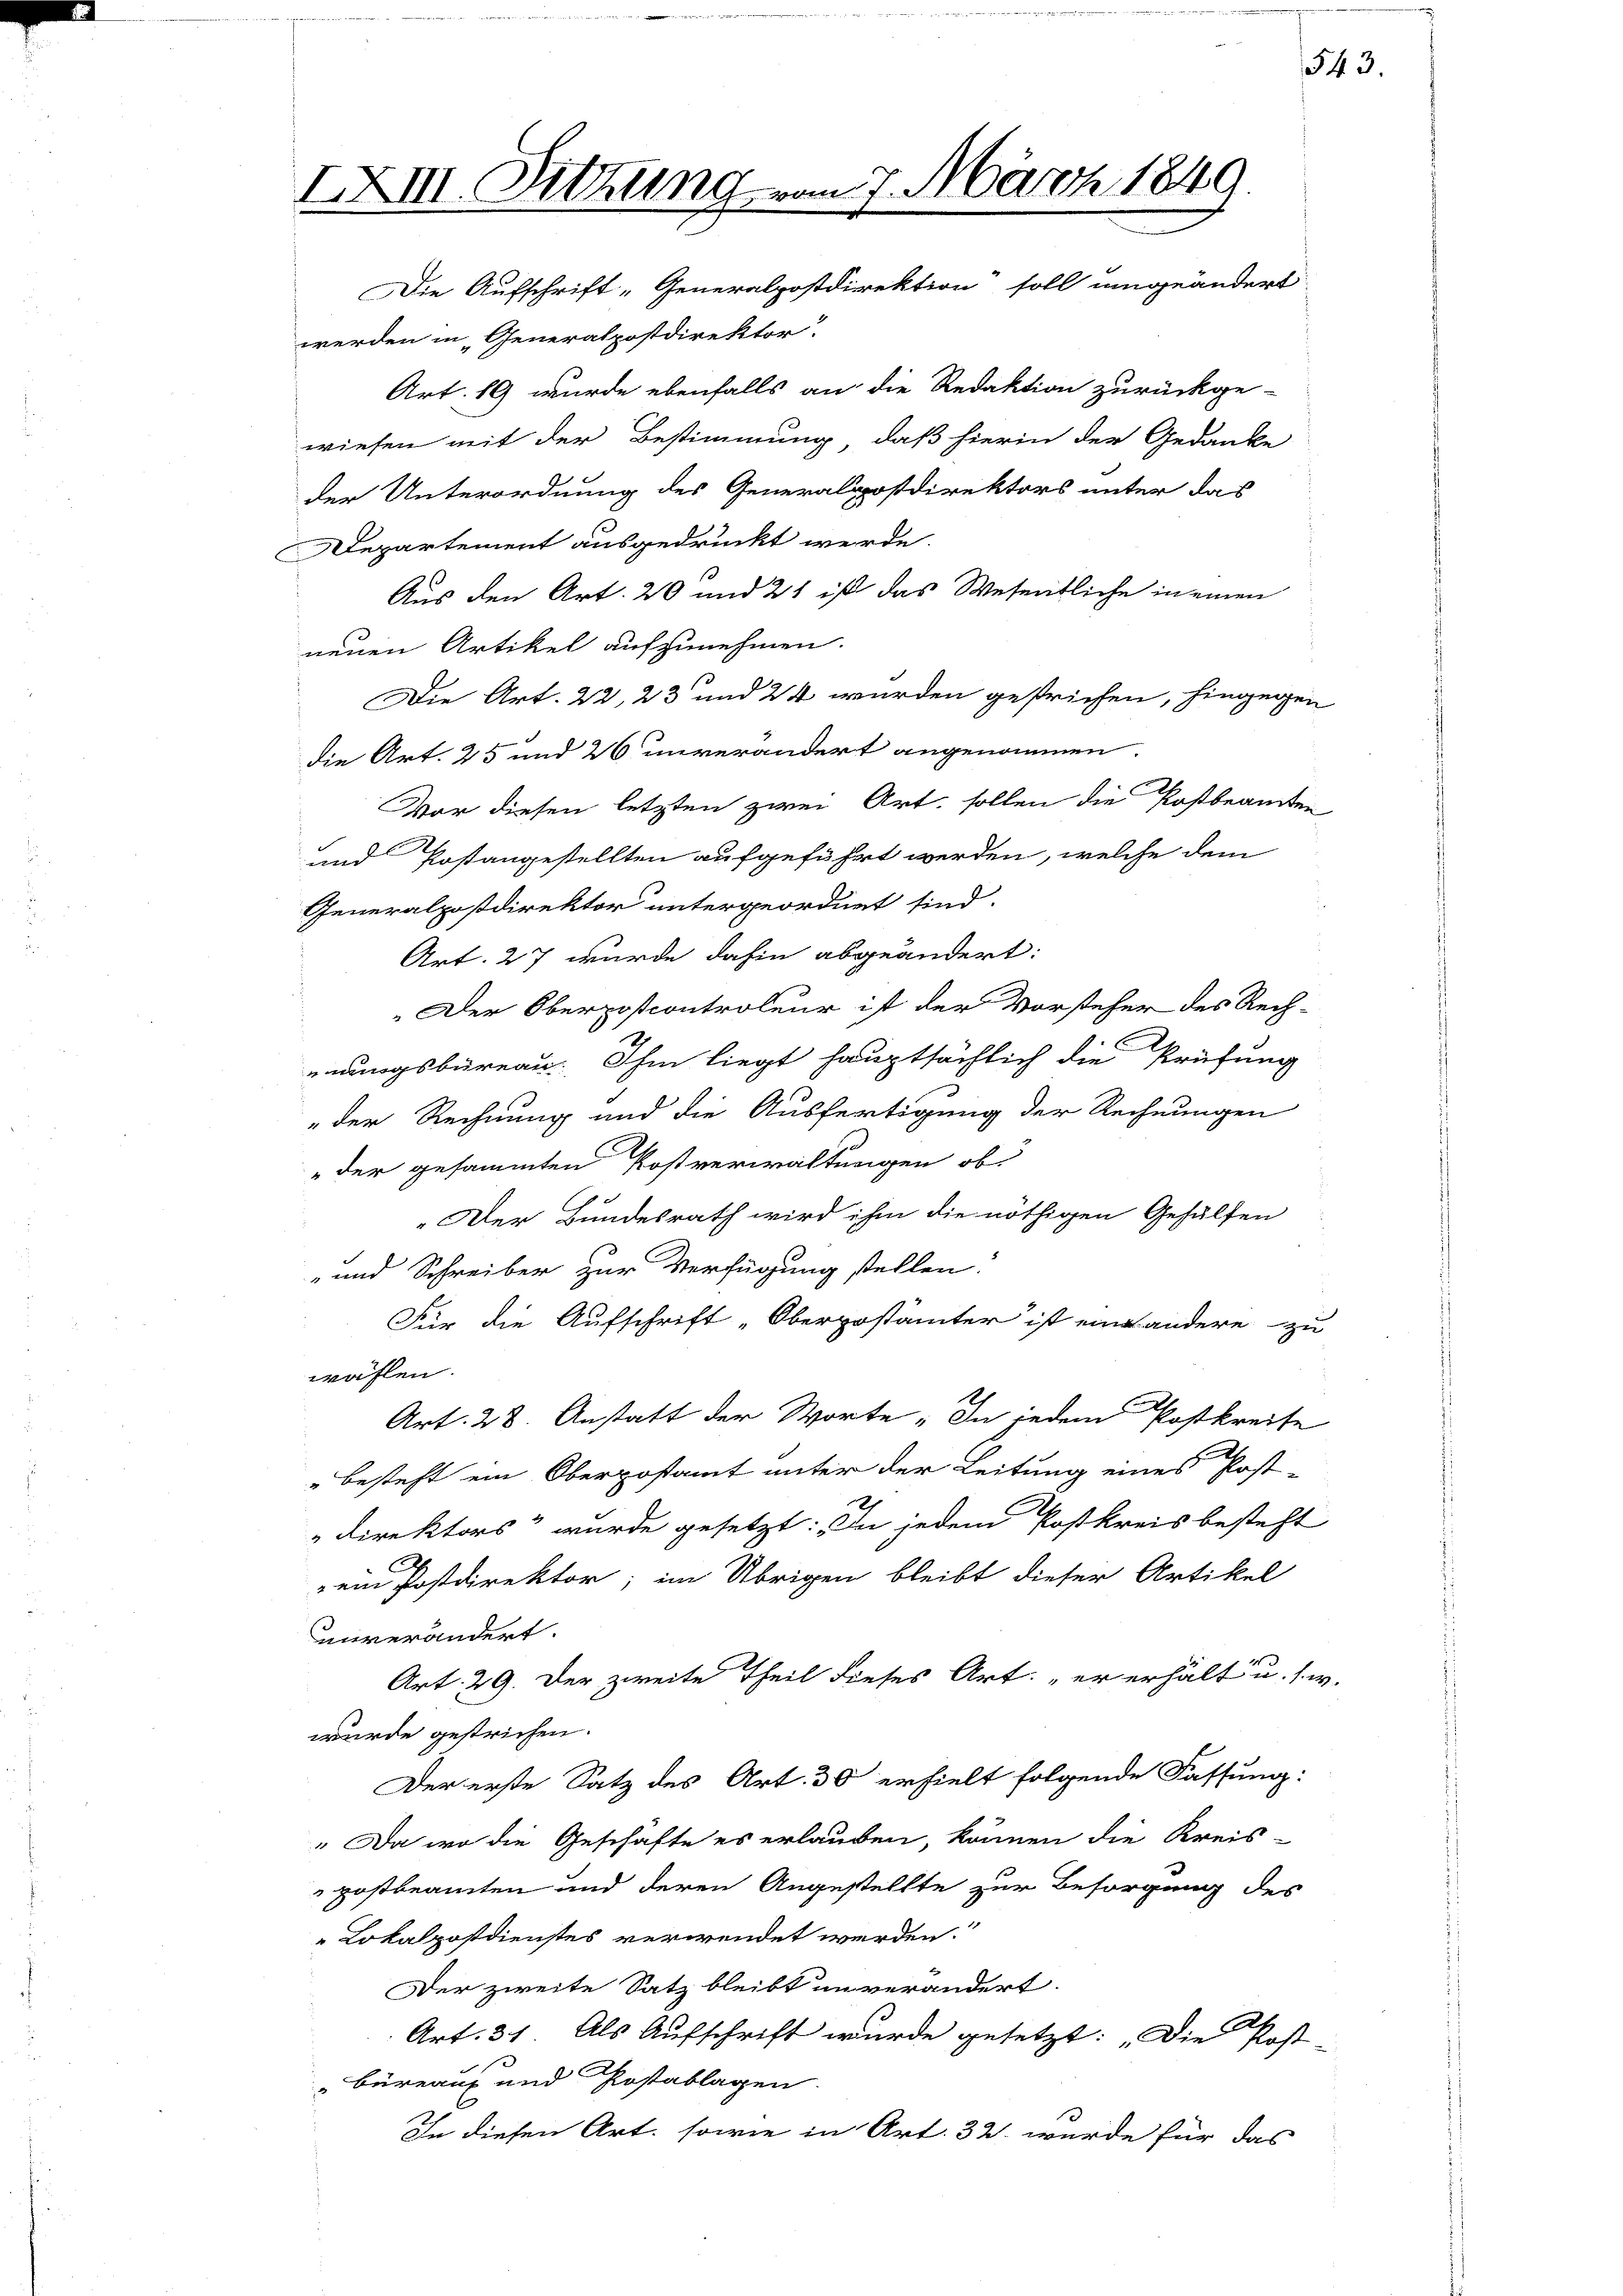
IXII. Sitzung vom 7. März 1849.
Die Aufschrift „Generalpostdirektion soll umgeändert

werden in Generalpostdirektor.
Art. 19 wurde ebenfalls an die Redaktion zurückge-
wiesen mit der Bestimmung, daß hierin der Gedanke
der Unterordnung des Generalpostdirektors unter das
Departement ausgedruckt werde.
Aus den Art. 20 und 21 ist das Wesentliche in einen
neuen Artikel aufzunehmen.
Die Art. 22, 23 und 24 wurden gestrichen, hingegen
die Art. 25 und 26 unverändert angenommen.
Vor diesen letzten zwei Art, sollen die Postbeamten
und Postangestellten aufgeführt werden, welche dem
Generalpostdirektor untergeordnet sind.
Art. 27 wurde dahin abgeändert:
Der Oberposcontroleur ist der Vorsteher des Rech-
6
gsbüreau. Ihm liegt hauptsächlich die Prüfung
"der Rechnung und die Ausfertigung der Rechnungen
" der gesammten Kostverwaltungen ob
n
„Der Bundesrath wird ihm die nöthigen Gehülfen
- und Schreiber zur Verfügung stellen.
Für die Aufschrift „Oberpostämter ist einandere zu
wählen.
Art. 28. Anstatt der Worte „In jedem Postkreite
besteht ein Oberpostamt unter der Leitung eines Post-
Direktors“ wurde gesetzt: In jedem Postkreis besteht
ein Postdirektor; im Übrigen bleibt dieser Artikel
unverändert.
Art. 29. Der zweite Theil dieses Art: „er erhält u. s. w.
wurde gestrichen.
Der erste Satz des Art. 30 erhielt folgende Fassung:
" Da wo die Geschäfte es erlauben, können die Kreis-
postbeamten und deren Angestellte zur Besorgung des
Lokalpostdienstes verwendet werden.
Der zweite Satz bleibt unverändert.
Art. 31. Als Aufschrift wurde gesetzt: „Die Post-
"Büreaus und Kostablagen.
In diesen Art. sowie in Art. 32. wurde für das

543.